Leucocytozoon canis - Number 26
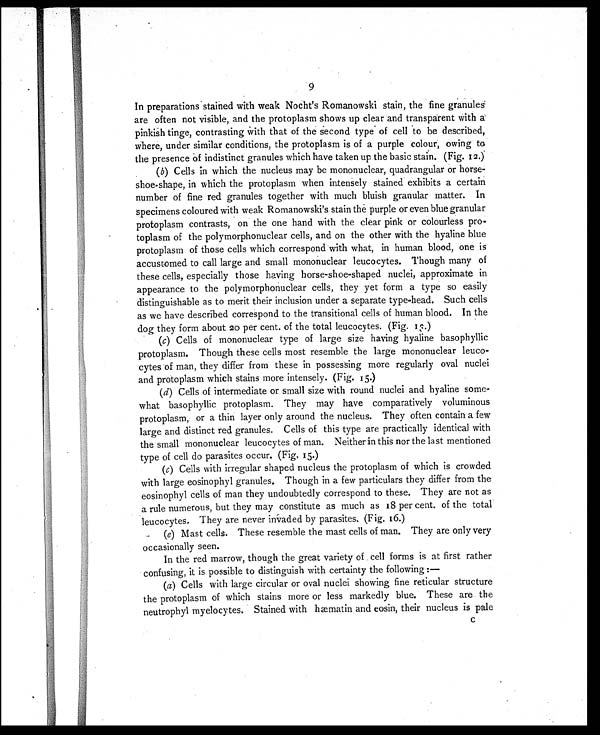
9
In preparations stained with weak Nocht's Romanowski stain, the fine granules
are often not visible, and the protoplasm shows up clear and transparent with a
pinkish tinge, contrasting with that of the second type of cell to be described,
where, under similar conditions, the protoplasm is of a purple colour, owing to
the presence of indistinct granules which have taken up the basic stain. (Fig. 12.)
(b) Cells in which the nucleus may be mononuclear, quadrangular or horse-
shoe-shape, in which the protoplasm when intensely stained exhibits a certain
number of fine red granules together with much bluish granular matter. In
specimens coloured with weak Romanowski's stain the purple or even blue granular
protoplasm contrasts, on the one hand with the clear pink or colourless pro-
toplasm of the polymorphonuclear cells, and on the other with the hyaline blue
protoplasm of those cells which correspond with what, in human blood, one is
accustomed to call large and small mononuclear leucocytes. Though many of
these cells, especially those having horse-shoe-shaped nuclei, approximate in
appearance to the polymorphonuclear cells, they yet form a type so easily
distinguishable as to merit their inclusion under a separate type-head. Such cells
as we have described correspond to the transitional cells of human blood. In the
dog they form about 20 per cent. of the total leucocytes. (Fig. 13.)
(c) Cells of mononuclear type of large size having hyaline basophyllic
protoplasm. Though these cells most resemble the large mononuclear leuco-
cytes of man, they differ from these in possessing more regularly oval nuclei
and protoplasm which stains more intensely. (Fig. 15.)
(d) Cells of intermediate or small size with round nuclei and hyaline some-
what basophyllic protoplasm. They may have comparatively voluminous
protoplasm, or a thin layer only around the nucleus. They often contain a few
large and distinct red granules. Cells of this type are practically identical with
the small mononuclear leucocytes of man. Neither in this nor the last mentioned
type of cell do parasites occur. (Fig, 15.)
(c) Cells with irregular shaped nucleus the protoplasm of which is crowded
with large eosinophyl granules. Though in a few particulars they differ from the
eosinophyl cells of man they undoubtedly correspond to these. They are not as
a rule numerous, but they may constitute as much as 18 per cent. of the total
leucocytes. They are never invaded by parasites. (Fig. 16.)
(e) Mast cells. These resemble the mast cells of man. They are only very
occasionally seen.
In the red marrow, though the great variety of cell forms is at first rather
confusing, it is possible to distinguish with certainty the following:
—
(a ) Cells with large circular or oval nuclei showing fine reticular structure
the protoplasm of which stains more or less markedly blue. These are the
neutrophyl myelocytes. Stained with hæmatin and eosin, their nucleus is pale
C